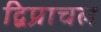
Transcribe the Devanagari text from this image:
द्विप्राचल